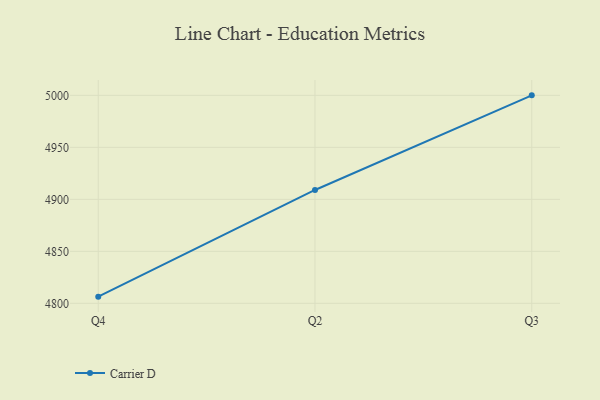
{"axis": {"x": "Quarter", "y": "Customer Acquisition Cost (USD)"}, "legend": ["Carrier D"], "data": [{"x": "Q4", "y": 4806.4, "type": "Carrier D"}, {"x": "Q2", "y": 4909.0, "type": "Carrier D"}, {"x": "Q3", "y": 5000, "type": "Carrier D"}]}